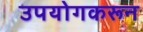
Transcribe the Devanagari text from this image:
उपयोगकरून